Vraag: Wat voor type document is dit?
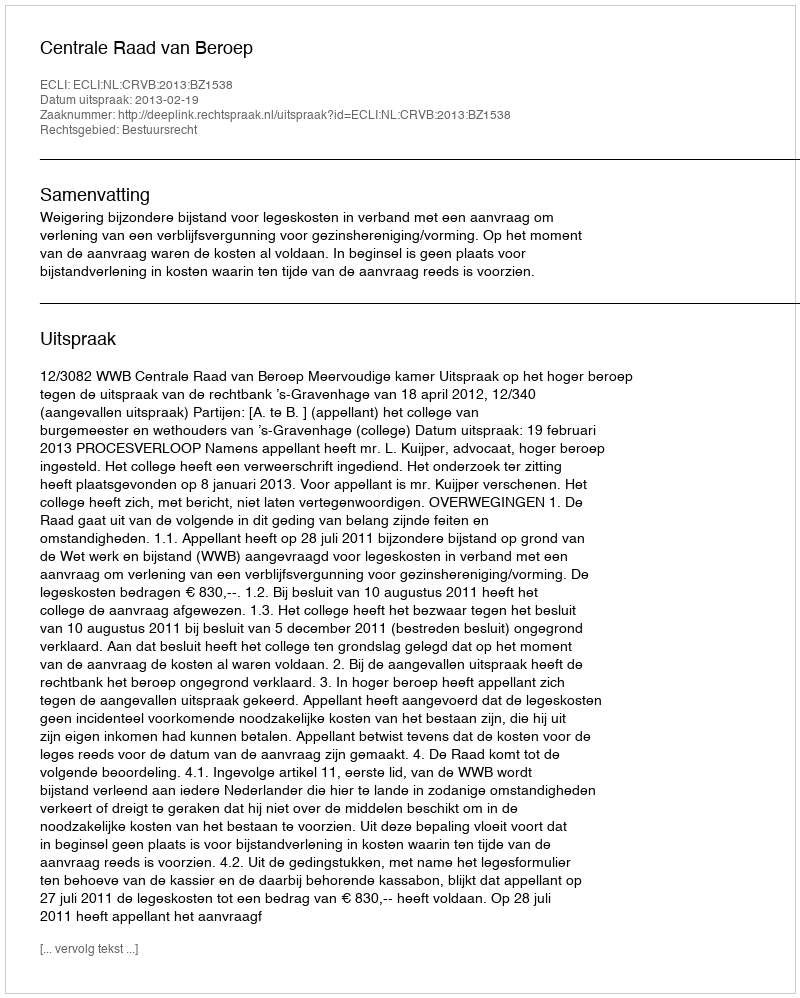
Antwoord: Uitspraak